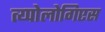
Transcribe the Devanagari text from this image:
त्य्पोलोगिएस